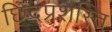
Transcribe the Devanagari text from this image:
छिंदप्रशस्ति